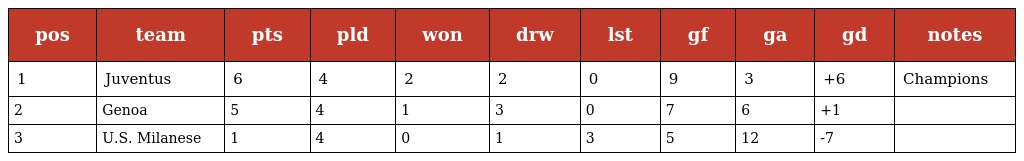
| pos | team | pts | pld | won | drw | lst | gf | ga | gd | notes |
 | --- | --- | --- | --- | --- | --- | --- | --- | --- | --- | --- |
 | 1 | Juventus | 6 | 4 | 2 | 2 | 0 | 9 | 3 | +6 | Champions |
 | 2 | Genoa | 5 | 4 | 1 | 3 | 0 | 7 | 6 | +1 |  |
 | 3 | U.S. Milanese | 1 | 4 | 0 | 1 | 3 | 5 | 12 | -7 |  |